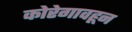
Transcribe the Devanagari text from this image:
कोरेगावहून